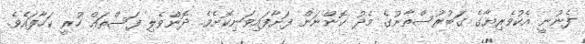
ފެނުނީ އެކުވެރިޔާގެ ގަބުރުސްތާނުގެ މެދު ކޮންނަން ފަށާފައިވަނިކޮށެވެ. ދޮންވެލި ފަސްތައް ހުރީ ކަހާފައެވެ.